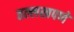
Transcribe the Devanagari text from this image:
तल्लखपणे